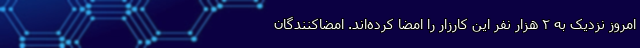
امروز نزدیک به ۲ هزار نفر این کارزار را امضا کرده‌اند. امضاکنندگان